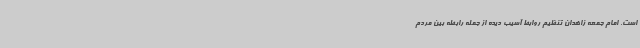
است. امام جمعه زاهدان تنظیم روابط آسیب دیده از جمله رابطه بین مردم